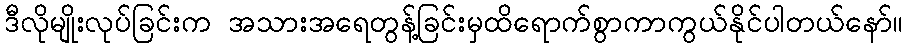
ဒီလိုမျိုးလုပ်ခြင်းက အသားအရေတွန့်ခြင်းမှထိရောက်စွာကာကွယ်နိုင်ပါတယ်နော်။